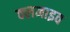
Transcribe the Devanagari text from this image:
क्लनाइव